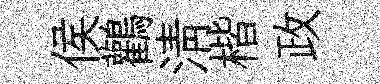
侯鸛淸楷政